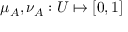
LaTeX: \mu _ { A } , \nu _ { A } : U \mapsto [ 0 , 1 ]